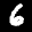
Label: 6